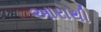
આરાથી